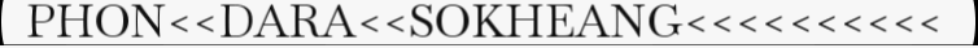
PHON<<DARA<<SOKHEANG<<<<<<<<<<